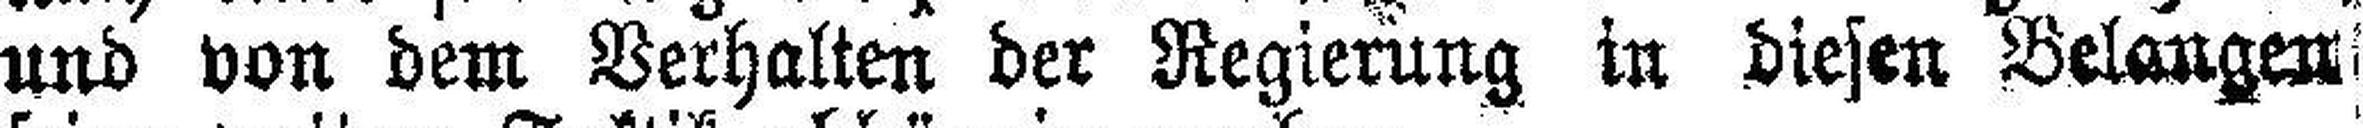
und von dem Verhalten der Regierung in diesen Belangen